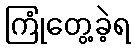
ကြုံတွေ့ခဲ့ရ